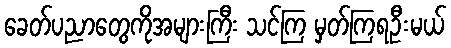
ခေတ်ပညာတွေကိုအများကြီး သင်ကြ မှတ်ကြရဦးမယ်